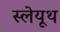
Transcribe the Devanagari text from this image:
स्लेयूथ